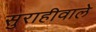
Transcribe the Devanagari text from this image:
सुराहीवाले